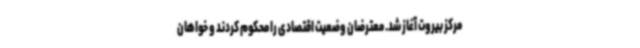
مرکز بیروت آغاز شد. معترضان وضعیت اقتصادی را محکوم کردند و خواهان